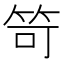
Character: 笴